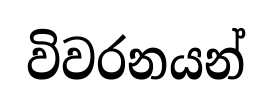
විවරනයන්